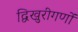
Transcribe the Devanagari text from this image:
द्विखुरीगणों